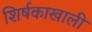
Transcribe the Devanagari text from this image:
शिर्षकाखाली